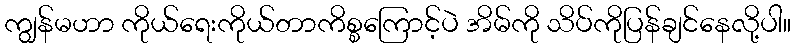
ကျွန်မဟာ ကိုယ်ရေးကိုယ်တာကိစ္စကြောင့်ပဲ အိမ်ကို သိပ်ကိုပြန်ချင်နေလို့ပါ။